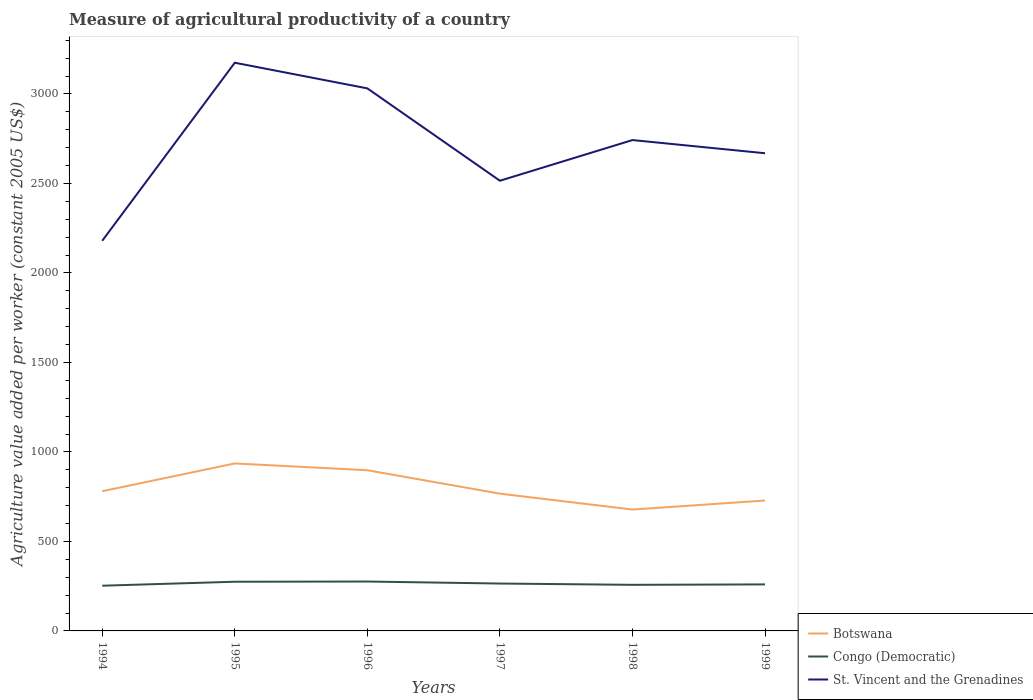
| Years | Botswana | Congo (Democratic) | St. Vincent and the Grenadines |
 | --- | --- | --- | --- |
 | 1994 | 780 | 253 | 2.18e+03 |
 | 1995 | 936 | 275 | 3.17e+03 |
 | 1996 | 898 | 276 | 3.03e+03 |
 | 1997 | 767 | 265 | 2.51e+03 |
 | 1998 | 678 | 257 | 2.74e+03 |
 | 1999 | 728 | 260 | 2.67e+03 |